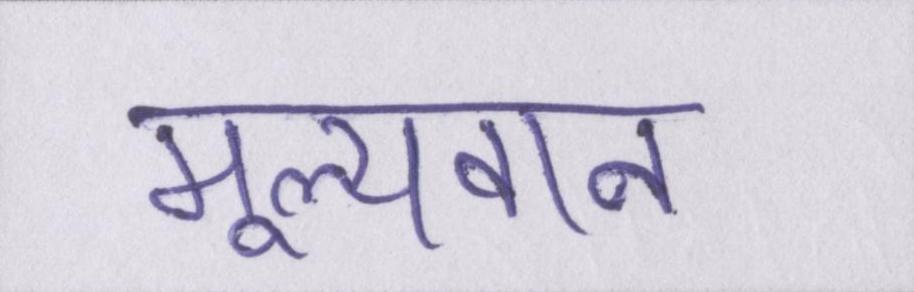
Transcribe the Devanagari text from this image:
मूल्यवान